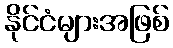
နိုင်ငံများအဖြစ်